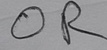
Text: OR